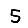
Digit: 5